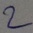
Text: 2